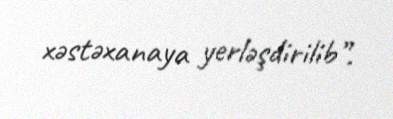
xəstəxanaya yerləşdirilib”.